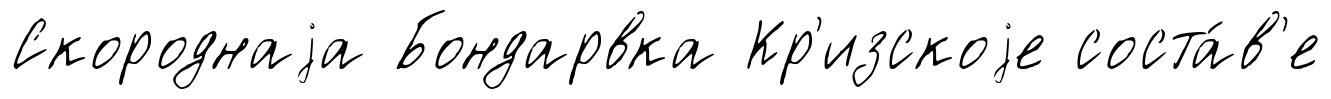
Скороднаjа Бондарвка Кр'изскоjе соста́в'е